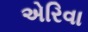
એરિવા